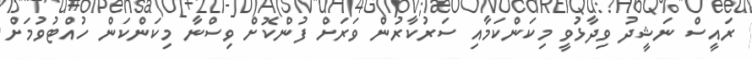
ރައީސް ނަޝީދު ވިދާޅުވީ މިކަންކަމާއި ސަރުކާރުން ވަރަށް ފުންކޮށް ވިސްނާ މިކަންކަން ހުއްޓުވުމަށް